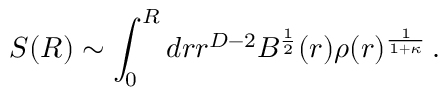
S ( R ) \sim \int _ { 0 } ^ { R } d r r ^ { D - 2 } B ^ { \frac { 1 } { 2 } } ( r ) \rho ( r ) ^ { \frac { 1 } { 1 + \kappa } } \, .